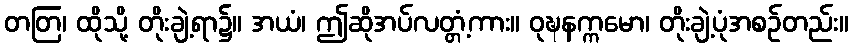
တတြ၊ ထိုသို့ တိုးချဲ့ရာ၌။ အယံ၊ ဤဆိုအပ်လတ္တံ့ကား။ ဝုဍ္ဎနက္ကမော၊ တိုးချဲ့ပုံအစဉ်တည်း။